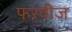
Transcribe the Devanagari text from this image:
फरवीज